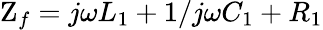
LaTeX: \mathrm{Z}_{f}=j\omega L_{1}+{1}/{j\omega C_{1}}+R_{1}